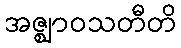
အဇ္ဈာဝသတီတိ